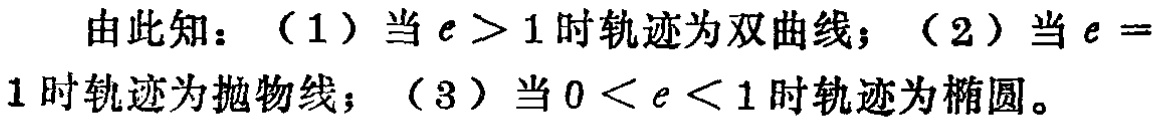
由此知：（1）当\(e > 1\)时轨迹为双曲线；（2）当\(e = 1\)时轨迹为抛物线；（3）当\(0 < e < 1\)时轨迹为椭圆。